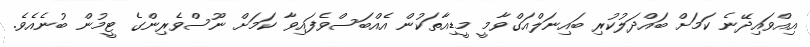
އިއްވައިދޭނެ ކަމަށް ބައްދަލުކުރި ބައިނަލްއަގްވާމީ މީޑިއާތަކުން އެއްބަސްވެފައިވާ ކަމަށް ނޫސްވެރިންގެ ޓީމުން ބުނެއެވެ.